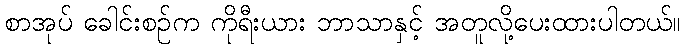
စာအုပ် ခေါင်းစဉ်က ကိုရီးယား ဘာသာနှင့် အတူလို့ပေးထားပါတယ်။